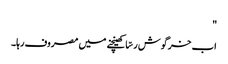
"
اب خرگوش رسّا کھینچنے میں مصروف رہا۔